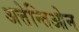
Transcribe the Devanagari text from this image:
अत्तेन्तिओन